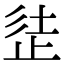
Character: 𣥲